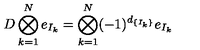
D \bigotimes _ { k = 1 } ^ { N } e _ { I _ { k } } = \bigotimes _ { k = 1 } ^ { N } ( - 1 ) ^ { d _ { \{ I _ { k } \} } } e _ { I _ { k } }